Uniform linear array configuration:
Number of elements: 8
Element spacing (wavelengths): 0.25
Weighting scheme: exponential
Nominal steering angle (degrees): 60
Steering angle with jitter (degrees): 59.522
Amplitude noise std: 0.05
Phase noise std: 0.05

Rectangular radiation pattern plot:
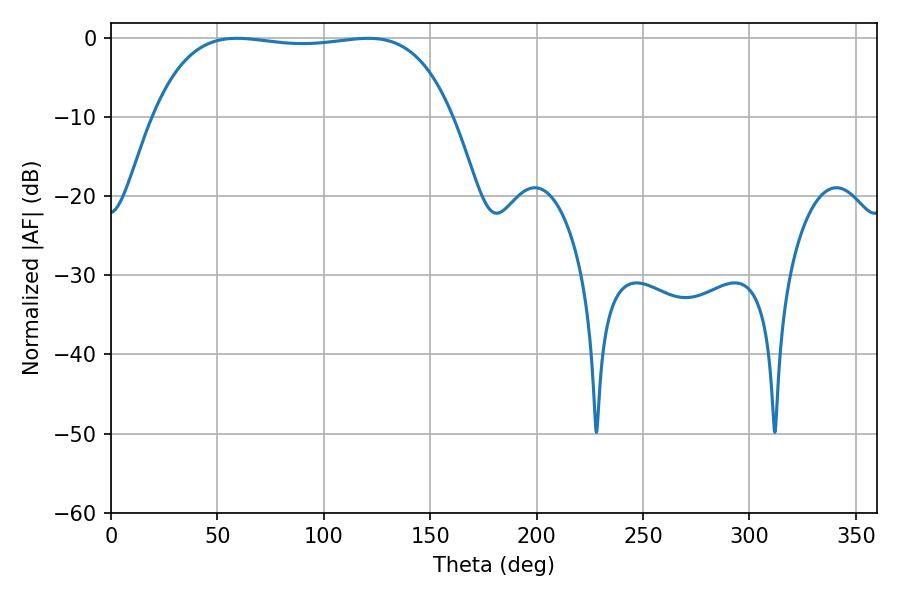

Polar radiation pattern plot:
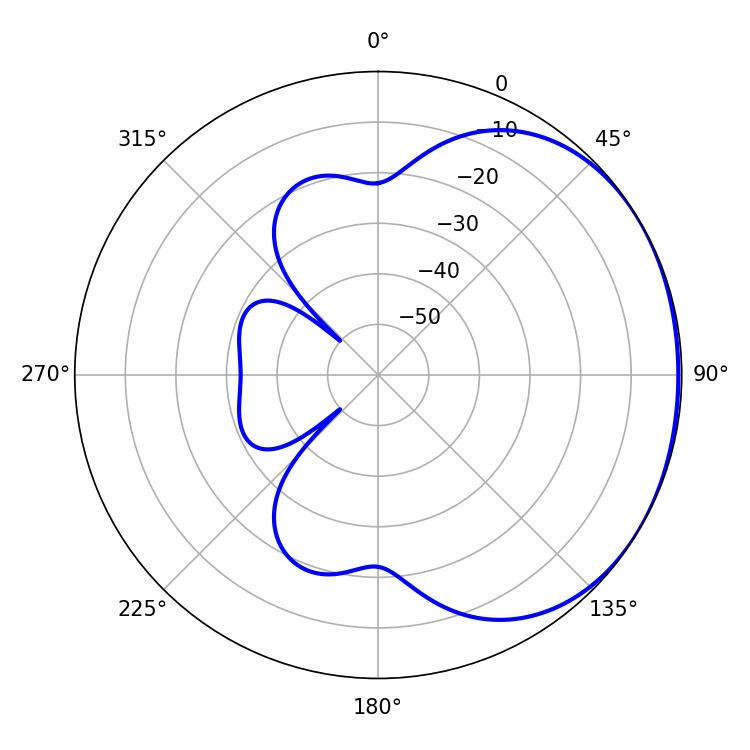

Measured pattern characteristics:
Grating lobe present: FALSE
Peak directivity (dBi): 1.113
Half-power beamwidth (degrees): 111.6
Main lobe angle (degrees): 59.22